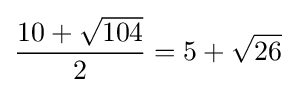
{\frac {10+{\sqrt {104}}}{2}}=5+{\sqrt {26}}